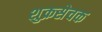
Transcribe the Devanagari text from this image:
शुक्रसेचक